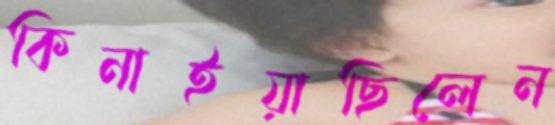
কিনাইয়াছিলেন